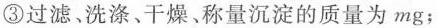
③过滤洗涤、干燥、称量沉淀的质量为 mg；